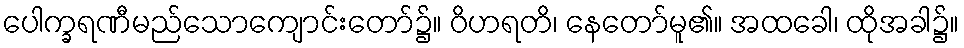
ပေါက္ခရဏီမည်သောကျောင်းတော်၌။ ဝိဟရတိ၊ နေတော်မူ၏။ အထခေါ၊ ထိုအခါ၌။